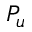
P _ { u }